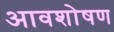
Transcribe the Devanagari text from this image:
आवशोषण